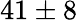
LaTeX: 41\pm 8